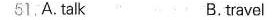
51,A talk B.travel